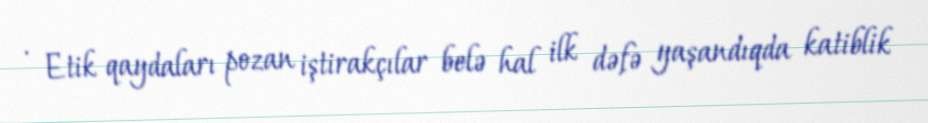
· Etik qaydaları pozan iştirakçılar belə hal ilk dəfə yaşandıqda katiblik